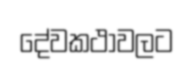
දේවකථාවලට